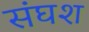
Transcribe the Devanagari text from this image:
संघश